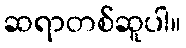
ဆရာတစ်ဆူပါ။